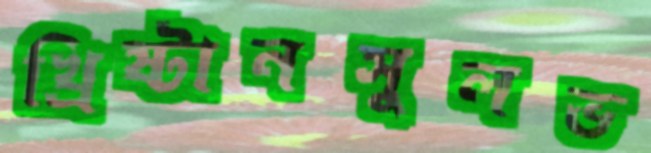
খ্রিষ্টানসুলভ